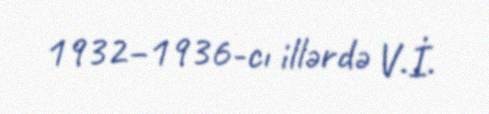
1932–1936-cı illərdə V.İ.